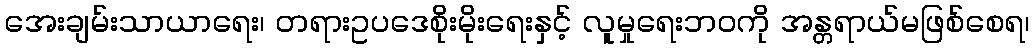
အေးချမ်းသာယာရေး၊ တရားဥပဒေစိုးမိုးရေးနှင့် လူမှုရေးဘဝကို အန္တရာယ်မဖြစ်စေရ၊